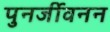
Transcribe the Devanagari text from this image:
पुनर्जीवनन